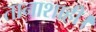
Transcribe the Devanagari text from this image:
तानाशाही।